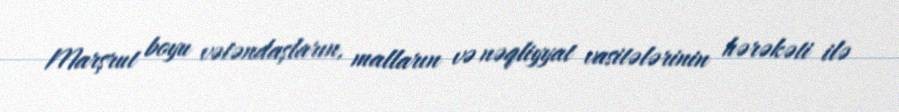
Marşrut boyu vətəndaşların, malların və nəqliyyat vasitələrinin hərəkəti ilə